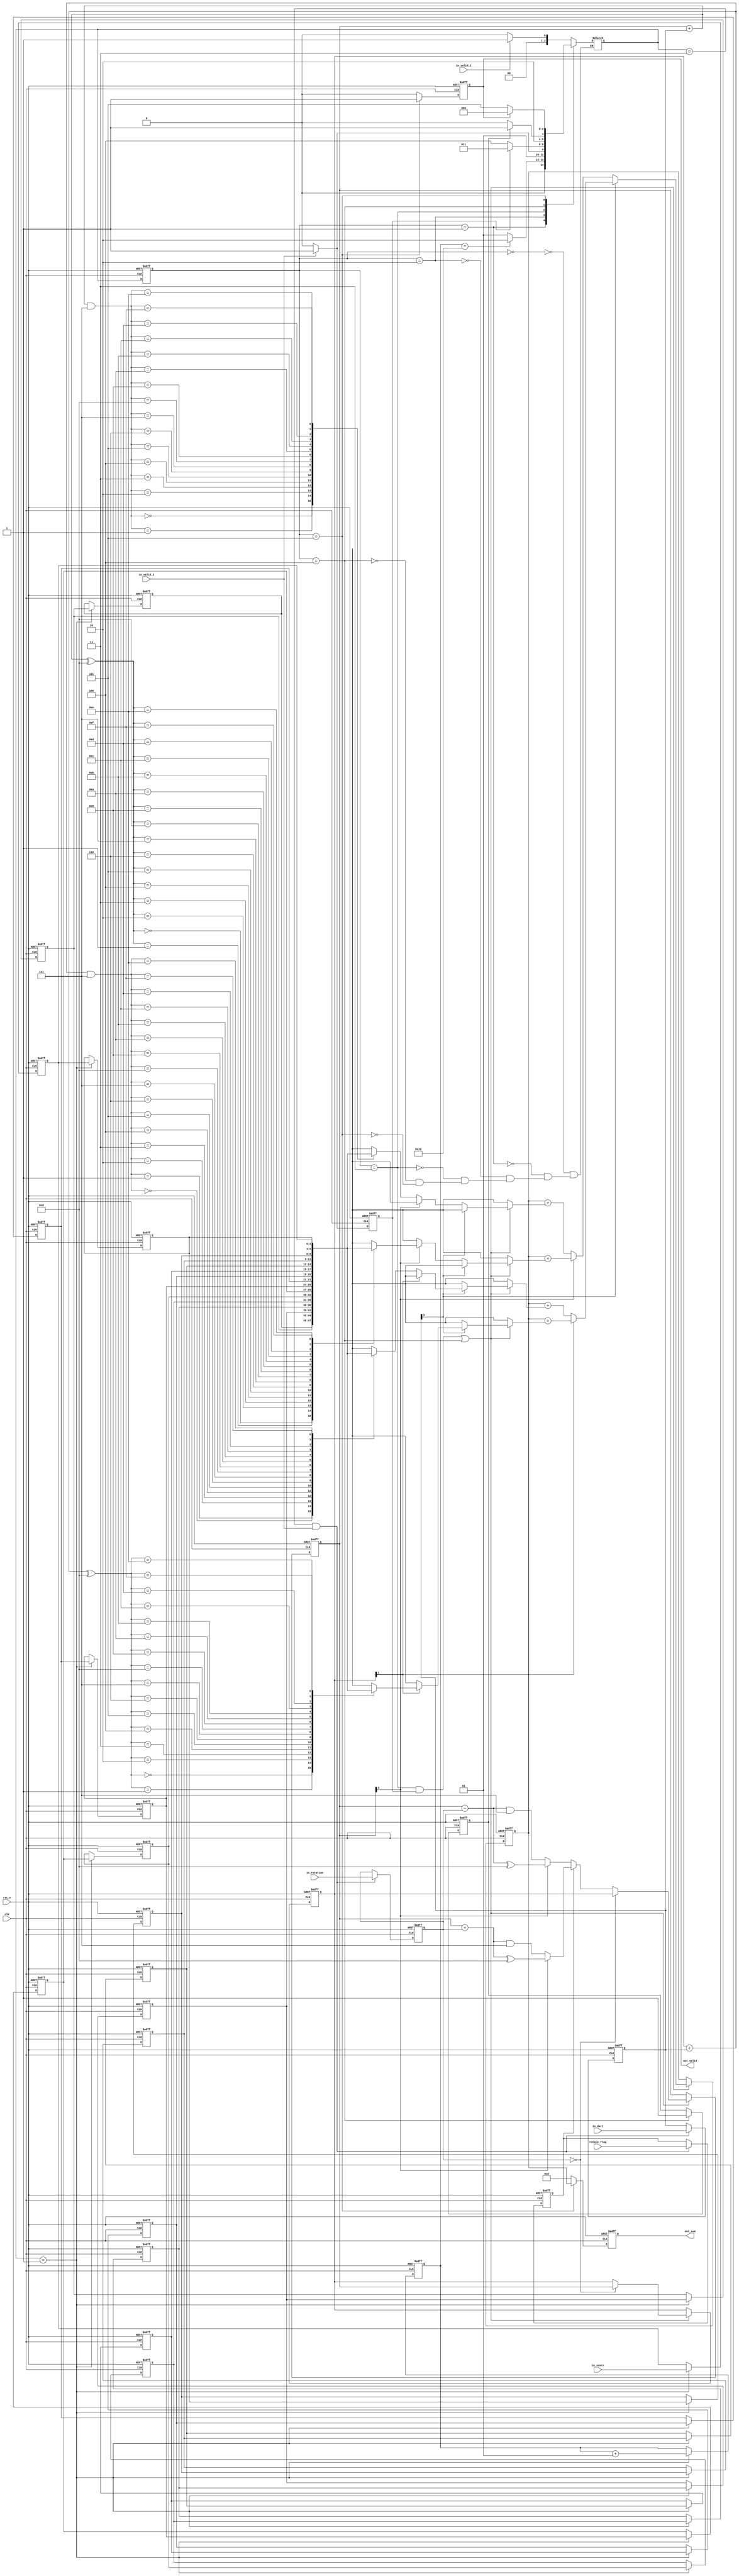
//
//++++++++++++++++++++++++++++++++++++++++++++++++++++++++++++++++++++++++++++
//
//   Module Name : TPCD
//   Release version : v1.0 Oct. 13, 2017
//
//++++++++++++++++++++++++++++++++++++++++++++++++++++++++++++++++++++++++++++
//############################################################################
module TPCD(

// input signals
	clk,
	rst_n,
	in_valid_1,
	in_valid_2,
	in_score,
	in_dart,
	in_rotation,
	rotate_flag,
// output signals
    out_valid,
	out_sum
);

//---------------------------------------------------------------------
//   INPUT AND OUTPUT DECLARATION                         
//---------------------------------------------------------------------
input					clk,rst_n, in_valid_1,	in_valid_2,rotate_flag;
input					[2:0]	in_score,in_rotation;
input					[3:0]in_dart;

output	reg			out_valid;
output reg 			[6:0]out_sum;

//---------------------------------------------------------------------
// PARAMETER DECLARATION
//---------------------------------------------------------------------

parameter
				ST_IDLE = 3'b000,
				ST_INPUT = 3'b001,
				ST_WAIT = 3'b010,
				ST_DART = 3'b011,
				ST_EXE = 3'b100,
				ST_OUTPUT = 3'b101;
//---------------------------------------------------------------------
//   WIRE AND REG DECLARATION                             
//---------------------------------------------------------------------

reg		[2:0]cs, ns;
reg		[2:0]score[15:0];
reg		[3:0]position[1:0];	// inner and outter position( position 0 and 8)
reg		[6:0]sum;
reg		done;
reg		[2:0] step;
reg		ccw;
reg       [3:0]dart;
reg       in_valid_2_buff;
integer counter, temp;
//---------------------------------------------------------------------
//   Finite-State Mechine                                          
//---------------------------------------------------------------------

// score reg
always@(posedge clk or negedge rst_n) begin
	if(!rst_n) begin
		score[0] <= 3'b0;
		score[1] <= 3'b0;
		score[2] <= 3'b0;
		score[3] <= 3'b0;
		score[4] <= 3'b0;
		score[5] <= 3'b0;
		score[6] <= 3'b0;
		score[7] <= 3'b0;
		score[8] <= 3'b0;
		score[9] <= 3'b0;
		score[10] <= 3'b0;
		score[11] <= 3'b0;
		score[12] <= 3'b0;
		score[13] <= 3'b0;
		score[14] <= 3'b0;
		score[15] <= 3'b0;
	end else if(ns == ST_INPUT) begin
		// shift register
		score[15] <= in_score;
		score[14] <= score[15];
		score[13] <= score[14];
		score[12] <= score[13];
		score[11] <= score[12];
		score[10] <= score[11];
		score[9] <= score[10];
		score[8] <= score[9];
		score[7] <= score[8];
		score[6] <= score[7];
		score[5] <= score[6];
		score[4] <= score[5];
		score[3] <= score[4];
		score[2] <= score[3];
		score[1] <= score[2];
		score[0] <= score[1];
		$display ("-     %2d score is --   %4d                               -", counter, in_score);
	end else begin
		score[0] <= score[0];
		score[1] <= score[1];
		score[2] <= score[2];
		score[3] <= score[3];
		score[4] <= score[4];
		score[5] <= score[5];
		score[6] <= score[6];
		score[7] <= score[7];
		score[8] <= score[8];
		score[9] <= score[9];
		score[10] <= score[10];
		score[11] <= score[11];
		score[12] <= score[12];
		score[13] <= score[13];
		score[14] <= score[14];
		score[15] <= score[15];
	end
end

//counter
always@(posedge clk or negedge rst_n) begin
	if(!rst_n)
		counter <= 0;
	else if(ns == ST_INPUT)
		counter <= counter +1;	// count until 15
	else
		counter <= counter;
end


// position reg
always@(posedge clk or negedge rst_n) begin
	if(!rst_n) begin
		position[0] <= 4'b0000;
		position[1] <= 4'b1000;
		sum <= 7'd0;
	end else if((cs == ST_DART && in_valid_2_buff) || cs == ST_EXE) begin
		$display("inner : %4d , outer : %4d", position[0], position[1]);
		$display("dart  : %4d , step : %4d, ccw : %d", dart, step, ccw);
		$display("Score : %5d", sum);
		// $display("dart  : %4d , in_rotation : %4d, rotate_flag : %d", in_dart, in_rotation, rotate_flag);
		// in_valid_2_buff is one cycle delay from in_valid_2 !!!!!!!!
		if((dart >> 3) & 1'b1) begin
			if((position[1]  >> 3) & 1'b1) begin
				sum <= sum + score[(position[1] + dart) ^ 4'b1000];
			end else begin
				sum <= sum + score[((position[1] + dart) & 3'b111)];
			end
			// $display("Shoot : %5d", score[((position[1] + dart) ^ 4'b1000)]);
		end else begin
			if((position[0]  >> 3) & 1'b1) begin
				sum <= sum + score[((position[0] + dart) ^ 4'b1000)];
			end else begin
				sum <= sum + score[((position[0] + dart) & 3'b111)];
			end
			// $display("Shoot : %5d",score[((position[0] + dart) & 3'b111)]);
		end
		
		if(step == 0) begin
			// swap
			position[0] <= position[1];
			position[1] <= position[0];
		end else if(ccw) begin
			// ccw
			if((position[0]  >> 3) & 1'b1) begin
				position[0] <= (position[0] + step) ^ 4'b1000;
			end else begin
				position[0] <= (position[0] + step) & 3'b111;
			end
		end else begin
			// cw
			if((position[0]  >> 3) & 1'b1) begin
				position[0] <= (position[0] - step) ^ 4'b1000;
			end else begin
				position[0] <= (position[0] - step) & 3'b111;
			end
		end
	end else begin
		sum <= sum;
		position[0] <= position[0];
		position[1] <= position[1];
	end
end

// in_valid_2_buff reg
always@(posedge clk or negedge rst_n) begin
	if(!rst_n)
		in_valid_2_buff <= 1'b0;
	else if(in_valid_2)
		in_valid_2_buff <= 1'b1;
	else
		in_valid_2_buff <= 1'b0;
end

// ccw reg rotate_flag
always@(posedge clk or negedge rst_n) begin
	if(!rst_n)
		ccw <= 1'b0;
	else if(ns == ST_DART && in_valid_2)
		ccw <= rotate_flag;
	else
		ccw <= ccw;
end

// step reg in_rotation
always@(posedge clk or negedge rst_n) begin
	if(!rst_n)
		step <= 3'd0;
	else if(ns == ST_DART && in_valid_2)
		step <= in_rotation;
	else
		step <= step;
end

// dart reg in_dart
always@(posedge clk or negedge rst_n) begin
	if(!rst_n)
		dart <= 4'd0;
	else if(ns == ST_DART && in_valid_2) begin
		dart <= in_dart;
	end else
		dart <= dart;
end

// done
always@(posedge clk or negedge rst_n) begin
	if(!rst_n)
		done <= 'b0;
	else if(cs == ST_EXE)
		done <= 'b1;
	else
		done <= done;
end

// out_valid
always@(posedge clk or negedge rst_n) begin
	if(!rst_n)
		out_valid <= 'b0;
	else if(cs == ST_OUTPUT)
		out_valid <= 'b1;
	else
		out_valid <= 'b0;
end

// out_sum
always@(posedge clk or negedge rst_n) begin
	if(!rst_n)
		out_sum <= 7'd0;
	else if(cs == ST_OUTPUT)
		out_sum <= sum;
	else
		out_sum <= 7'd0;
end

// current state and next state
always@(posedge clk or negedge rst_n) begin
	if(!rst_n)
		cs = ST_IDLE;
	else
		cs = ns;
end

// combinational circuit
always@(*)
begin
	case(cs)
		ST_IDLE: // 0
		begin
			if(in_valid_1) begin
				ns	= ST_INPUT;
			end else
				ns	= ST_IDLE;	
		end
		
		ST_INPUT: // 1
		begin
			if(counter == 'd16) begin
				ns = ST_WAIT;
			end else
				ns = ST_INPUT;
		end
		
		ST_WAIT: // 2
		begin
			if(in_valid_2) begin
				ns = ST_DART;
			end else
				ns = ST_WAIT;
		end
		
		ST_DART: // 3
		begin
			if(!in_valid_2_buff) begin
				ns = ST_EXE;
			end else
				ns = ST_DART;
		end
		
		ST_EXE: // 4
		begin
			if(done) begin
				ns = ST_OUTPUT;
			end else
				ns = ST_EXE;
		end
		
		ST_OUTPUT:
		begin
			if(out_valid)
				ns = ST_IDLE;
			else
				ns = ST_OUTPUT;
		end
	endcase

end

endmodule